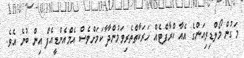
މަގުން މޯލްޑިވިއަންގެ އެއާ ކްރާފްޓެއް ހަރަކާތްތެރިވަމުންދާ ާކަަމަށްވެސް އެމްއެންޑީއެފް އިން ބުނެ އެވެ.